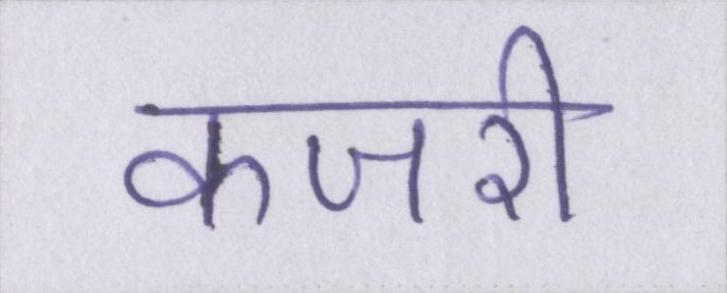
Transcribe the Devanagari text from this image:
कजरी